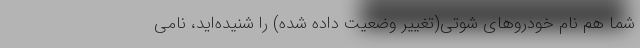
شما هم نام خودروهای شوتی(تغییر وضعیت داده شده) را شنیده‌اید، نامی